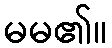
မမ၏။